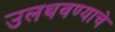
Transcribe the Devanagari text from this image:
उलथवण्याचे